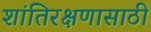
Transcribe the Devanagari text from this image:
शांतिरक्षणासाठी